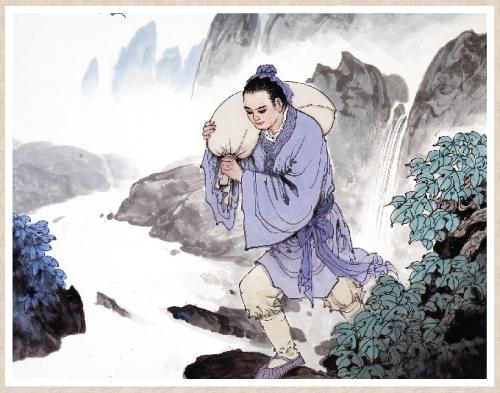
乘兴南游不戒严，九重谁省谏书函。